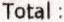
TOTAL :